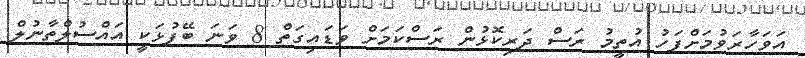
އަވަހާރަވުމަށްފަހު އުތީމު ރަސް ދަރިކޮޅުން ރަސްކަމަށް ވަޑައިގަތް 8 ވަނަ ބޭފުޅަކީ އައްސުލްތާނުލް